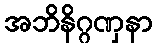
အဘိနိဂ္ဂဏှနာ